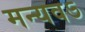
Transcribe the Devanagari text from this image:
मन्यवऽ